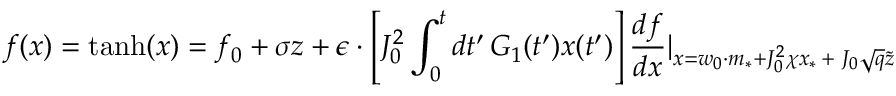
f ( x ) = \mathrm { t a n h } ( x ) = f _ { 0 } + \sigma z + \epsilon \cdot \left[ J _ { 0 } ^ { 2 } \int _ { 0 } ^ { t } d t ^ { \prime } \, G _ { 1 } ( t ^ { \prime } ) x ( t ^ { \prime } ) \right] \frac { d f } { d x } | _ { x = w _ { 0 } \cdot m _ { * } + J _ { 0 } ^ { 2 } \chi x _ { * } \, + \, \, J _ { 0 } \sqrt { q } \tilde { z } }